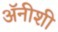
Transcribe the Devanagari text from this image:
अॅनीशी